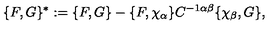
\{ F , G \} ^ { * } : = \{ F , G \} - \{ F , \chi _ { \alpha } \} C ^ { - 1 \alpha \beta } \{ \chi _ { \beta } , G \} ,